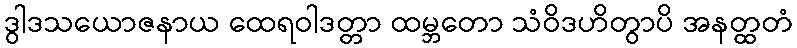
ဒွါဒသယောဇနာယ ထေရဝါဒတ္တာ ထမ္ဘတော သံဝိဒဟိတွာပိ အနတ္ထတံ